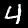
Digit: 4